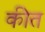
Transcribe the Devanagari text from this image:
कीत